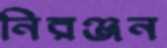
নিরঞ্জন